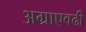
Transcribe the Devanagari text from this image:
अग्राएवढी